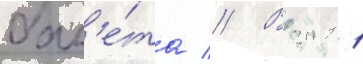
бал'е́та // В 2011